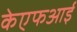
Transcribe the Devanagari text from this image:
केएफआई